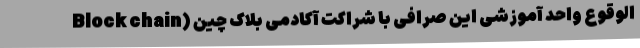
الوقوع واحد آموزشی این صرافی با شراکت آکادمی بلاک چین (Block chain